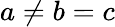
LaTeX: a\neq b=c